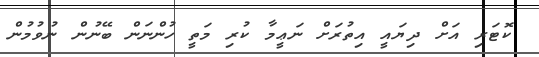
ކޮޓަރި އަށް ދިޔައީ އިތުރަށް ނަޢީމާ ކުރި މަތީ ހުންނަން ބޭނުން ނުވުމުން